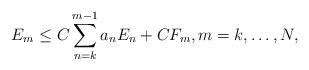
LaTeX: \begin{align*} E_m\le C\sum_{n=k}^{m-1} a_nE_n +CF_m , m=k,\dotsc,N,\end{align*}